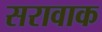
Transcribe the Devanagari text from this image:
सरावाक